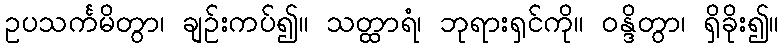
ဥပသင်္ကမိတွာ၊ ချဉ်းကပ်၍။ သတ္ထာရံ၊ ဘုရားရှင်ကို။ ဝန္ဒိတွာ၊ ရှိခိုး၍။